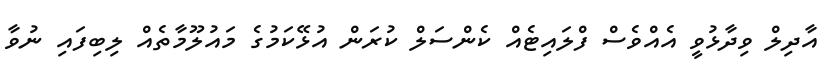
އާދިލް ވިދާޅުވީ އެއްވެސް ފްލައިޓެއް ކެންސަލް ކުރަން އުޅޭކަމުގެ މައުލޫމާތެއް ލިބިފައި ނުވާ